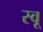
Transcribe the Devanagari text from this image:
स्वू